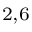
^ { 2 , 6 }